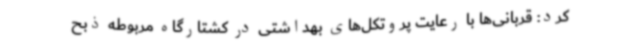
کرد: قربانی‌ها با رعایت پروتکل‌های بهداشتی در کشتارگاه مربوطه ذبح